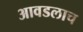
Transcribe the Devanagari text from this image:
आवडलाच